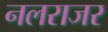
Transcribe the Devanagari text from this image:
नलराजर